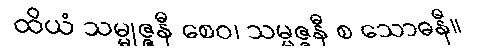
ထိယံ သမ္မုဇ္ဇနီ စေဝ၊ သမ္မဇ္ဇနီ စ သောဓနီ။